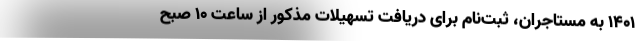
۱۴۰۱ به مستاجران، ثبت‌نام برای دریافت تسهیلات مذکور از ساعت ۱۰ صبح